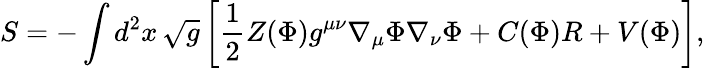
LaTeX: S=-\int d^{2}x\, \sqrt{g}\left[{\frac{1}{2}}Z(\Phi)g^{\mu\nu}\nabla_{\mu}\Phi\nabla_{\nu}\Phi+C(\Phi)R+V(\Phi)\right],